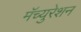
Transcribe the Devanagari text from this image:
मॅच्युरेशन